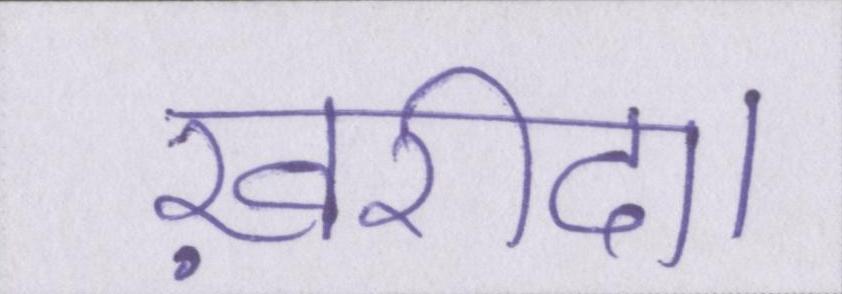
ख़रीदा।